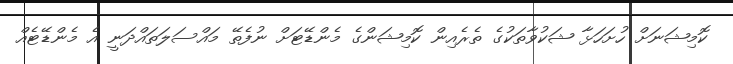
ކޮމިޝަނަށް ހުށަހަޅާ ޝަކުވާތަކުގެ ތެރެއިން ކޮމިޝަންގެ މެންޑޭޓަށް ނުފެތޭ މައްސަލަތައްދަނީ އެ މެންޑޭޓެއް